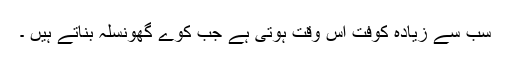
سب سے زیادہ کوفت اس وقت ہوتی ہے جب کوّے گھونسلہ بناتے ہیں ۔